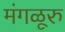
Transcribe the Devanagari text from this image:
मंगळूरु